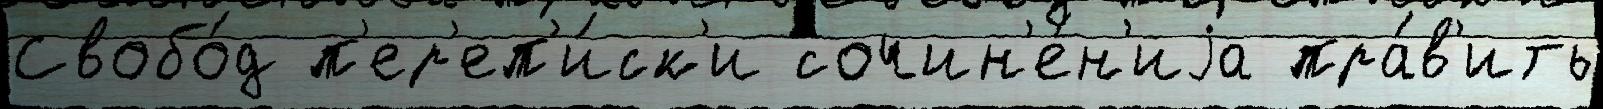
Свобо́д п'ер'еп'и́ск'и сочин'е́н'иjа пра́в'ить